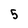
Character: 5